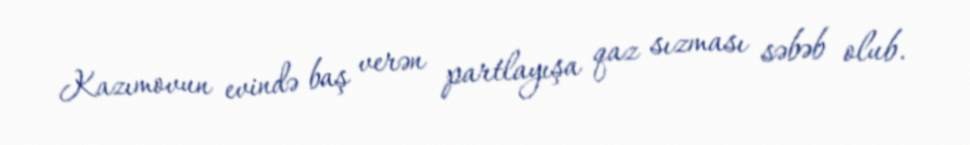
Kazımovun evində baş verən partlayışa qaz sızması səbəb olub.